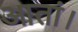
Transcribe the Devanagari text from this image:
आतां।